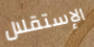
الإستقلال